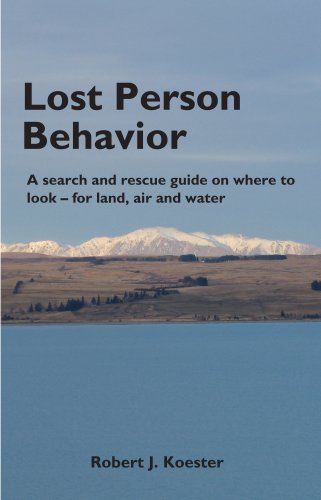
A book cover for Lost Person Behavior: A search and rescue guide on where to look - for land, air and water; Robert J. Koester; Politics & Social Sciences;